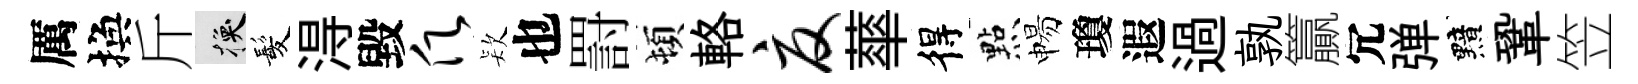
厲換斤换髪淂毀愿𣣇也罸頓輅夏蕐得㸃惕瓊遐過孰籯冗弹黯鞏笠